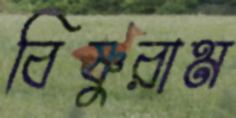
বিষ্ণুরাম